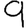
Digit: 9